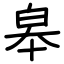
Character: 皋